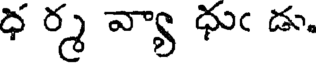
ధ ర్మ వ్యా ధుఁ డు.